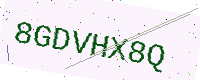
Text: 8GDVHX8Q